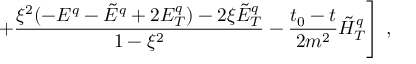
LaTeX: \left. + \frac { \xi ^ { 2 } ( - E ^ { q } - \tilde { E } ^ { q } + 2 E _ { T } ^ { q } ) - 2 \xi \tilde { E } _ { T } ^ { q } } { 1 - \xi ^ { 2 } } - \frac { t _ { 0 } - t } { 2 m ^ { 2 } } \tilde { H } _ { T } ^ { q } \right] \, ,